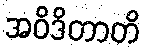
အဝိဒိတာတိ